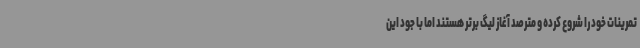
تمرینات خود را شروع کرده و مترصد آغاز لیگ برتر هستند اما با جود این